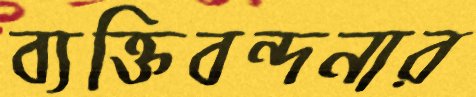
ব্যক্তিবন্দনার